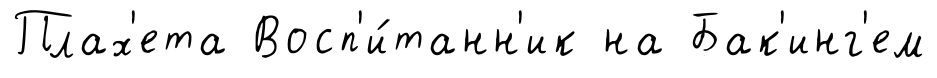
Плах'ета Восп'и́танн'ик на Бак'инг'ем